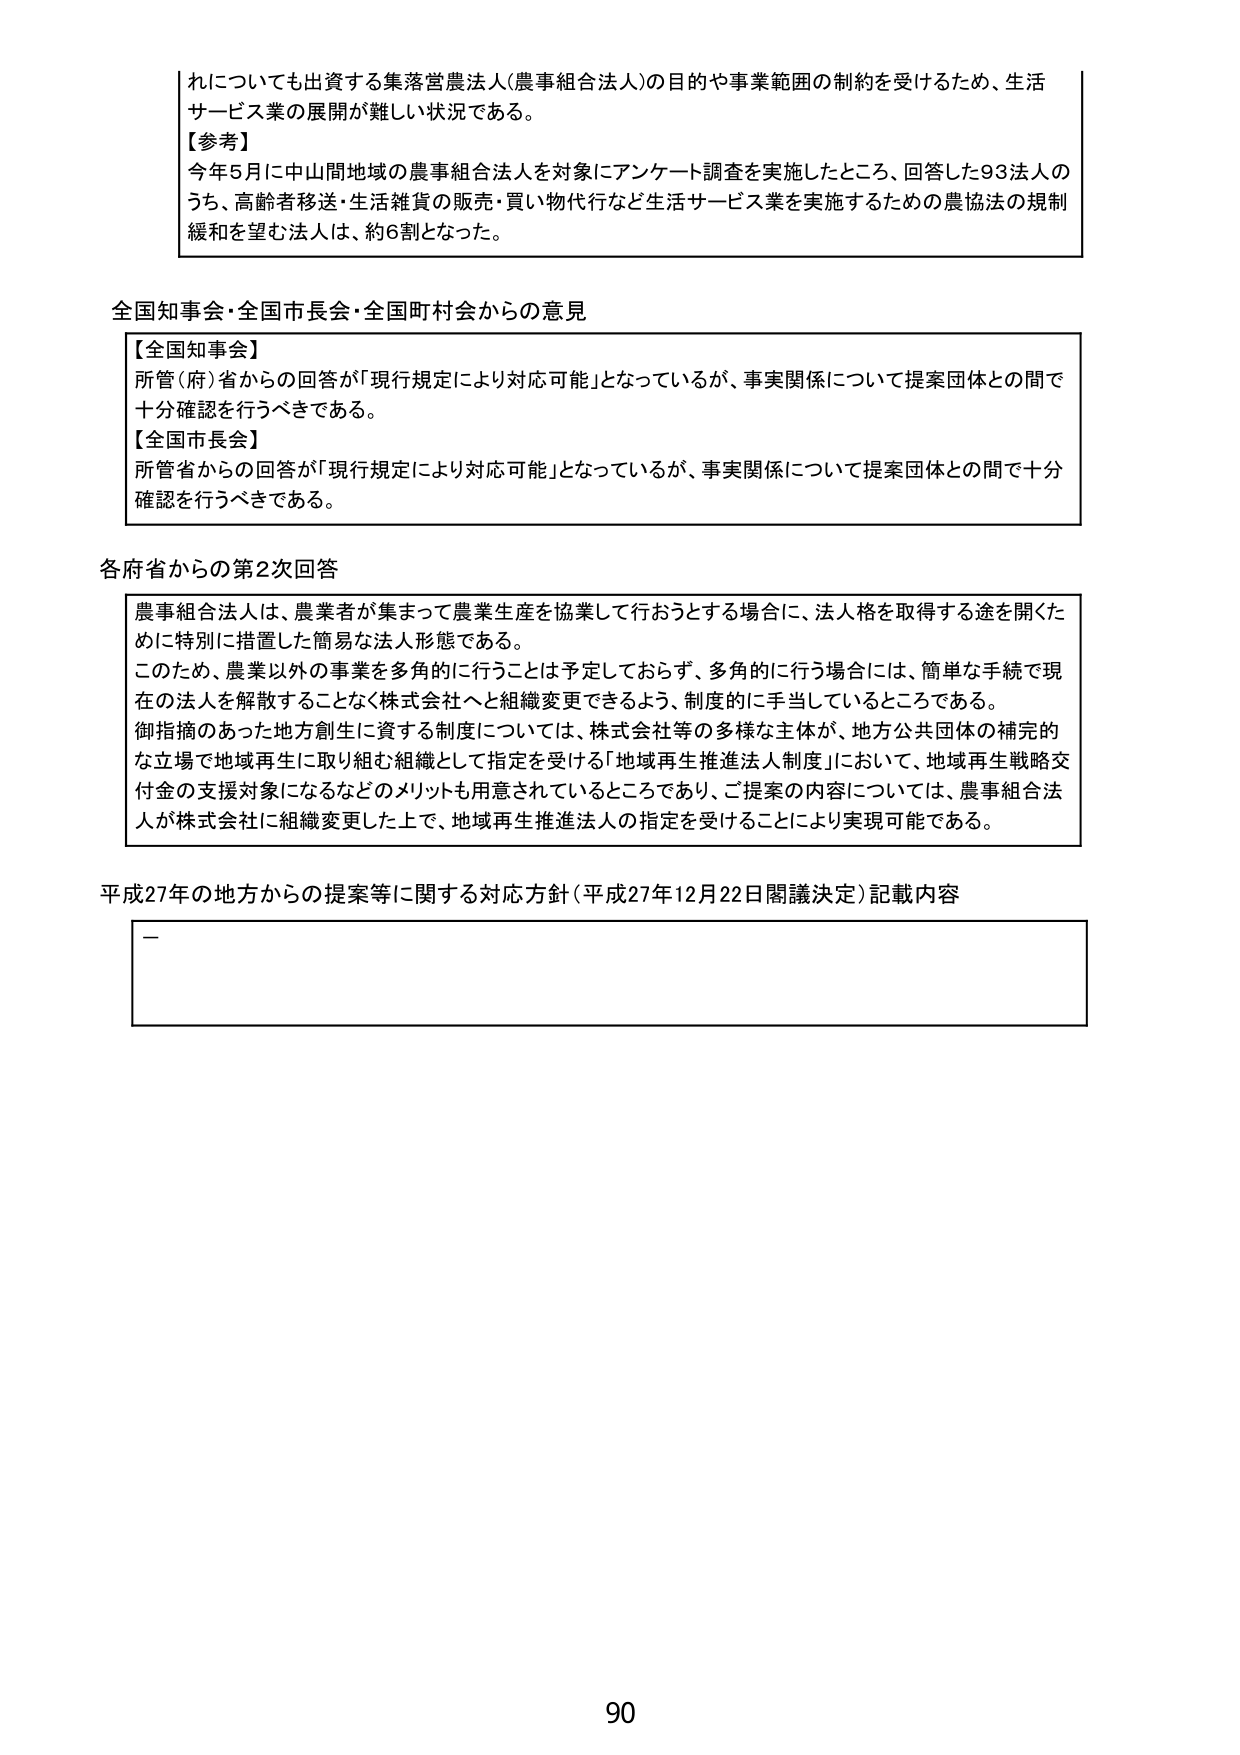
れについても出資する集落営農法人（農事組合法人）の目的や事業範囲の制約を受けるため、生活サービス業の展開が難しい状況である。

【参考】
今年5月に中山間地域の農事組合法人を対象にアンケート調査を実施したところ、回答した93法人のうち、高齢者移送・生活雑貨の販売・買い物代行など生活サービス業を実施するための農協法の規制緩和を望む法人は、約6割となった。

全国知事会・全国市長会・全国町村会からの意見

【全国知事会】
所管（府）省からの回答が「現行規定により対応可能」となっているが、事実関係について提案団体との間で十分確認を行うべきである。

【全国市長会】
所管省からの回答が「現行規定により対応可能」となっているが、事実関係について提案団体との間で十分確認を行うべきである。

各府省からの第2次回答

農事組合法人は、農業者が集まって農業生産を協業して行おうとする場合に、法人格を取得する途を開くために特別に措置した簡易な法人形態である。
このため、農業以外の事業を多角的に行うことは予定しておらず、多角的に行う場合には、簡単な手続で現在の法人を解散することなく株式会社へと組織変更できるよう、制度的に手当しているところである。
御指摘のあった地方創生に資する制度については、株式会社等の多様な主体が、地方公共団体の補完的な立場で地域再生に取り組む組織として指定を受ける「地域再生推進法人制度」において、地域再生戦略交付金の支援対象になるなどのメリットも用意されているところであり、ご提案の内容については、農事組合法人が株式会社に組織変更した上で、地域再生推進法人の指定を受けることにより実現可能である。

平成27年の地方からの提案等に関する対応方針（平成27年12月22日閣議決定）記載内容

ー

90